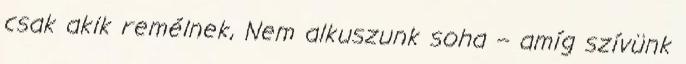
csak akik remélnek, Nem alkuszunk soha – amíg szívünk